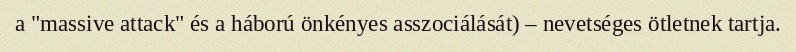
a "massive attack" és a háború önkényes asszociálását) – nevetséges ötletnek tartja.